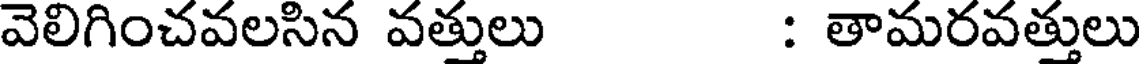
వెలిగించవలసిన వత్తులు : తామరవత్తులు